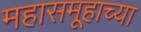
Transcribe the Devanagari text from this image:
महासमूहाच्या